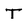
Character: T